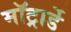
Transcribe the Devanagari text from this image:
मॉट्रार्डे